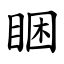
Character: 睏